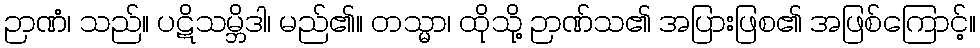
ဉာဏံ၊ သည်။ ပဋိသမ္ဘိဒါ၊ မည်၏။ တသ္မာ၊ ထိုသို့ ဉာဏ်သ၏ အပြားဖြစ၏ အဖြစ်ကြောင့်။